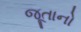
જૂતાનો